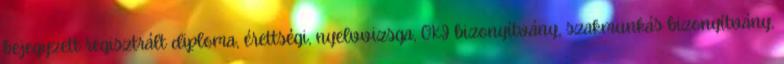
bejegyzett regisztrált diploma, érettségi, nyelvvizsga, OKJ bizonyítvány, szakmunkás bizonyítvány,